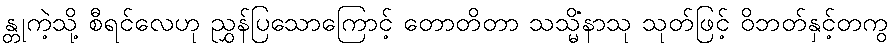
န္တုကဲ့သို့ စီရင်လေဟု ညွှန်ပြသောကြောင့် တောတိတာ သသ္မိံနာသု သုတ်ဖြင့် ဝိဘတ်နှင့်တကွ